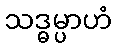
သဒ္ဓမ္ပာဟံ